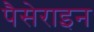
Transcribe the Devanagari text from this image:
पैसेराइन